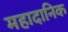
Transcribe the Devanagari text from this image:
महादानिक